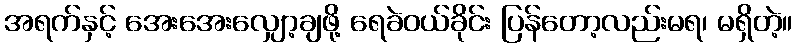
အရက်နှင့် အေးအေးလျှော့ချဖို့ ရေခဲဝယ်ခိုင်း ပြန်တော့လည်းမရ၊ မရှိတဲ့။